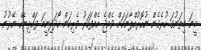
މީނަ މިތަނުގަ ހުރެގެން ނުހޮރުއްޕާނަކަށް ވެއްޖެ އެއްފަހަރު ވެރިކަން ހޯދަދިނީމަ ފައްޅިޔެހް ނޭޅުނު